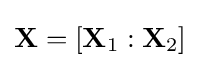
{\textstyle \mathbf {X} =\left[\mathbf {X} _{1}:\mathbf {X} _{2}\right]}